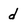
Character: d